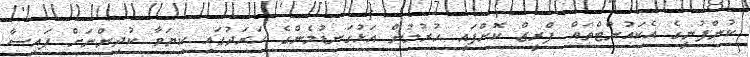
ކުންފުނީގެ އެކައުންޓްތައް ފްރީޒް ކޮށްފައި ހުރުމުން އަޅުގަނޑުމެންގެ ހަރަދުގައި ކިޔަވާ ކުދިންނަށް ފައިސާ